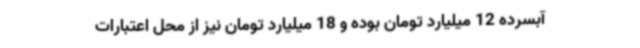
آبسرده 12 میلیارد تومان بوده و 18 میلیارد تومان نیز از محل اعتبارات